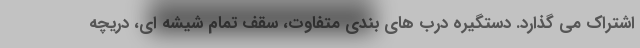
اشتراک می گذارد. دستگیره درب های بندی متفاوت، سقف تمام شیشه ای، دریچه